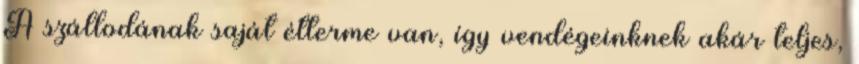
A szállodának saját étterme van, így vendégeinknek akár teljes,